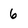
Character: 6